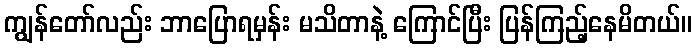
ကျွန်တော်လည်း ဘာပြောရမှန်း မသိတာနဲ့ ကြောင်ပြီး ပြန်ကြည့်နေမိတယ်။